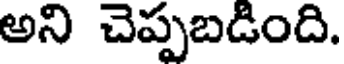
అని చెప్పబడింది.